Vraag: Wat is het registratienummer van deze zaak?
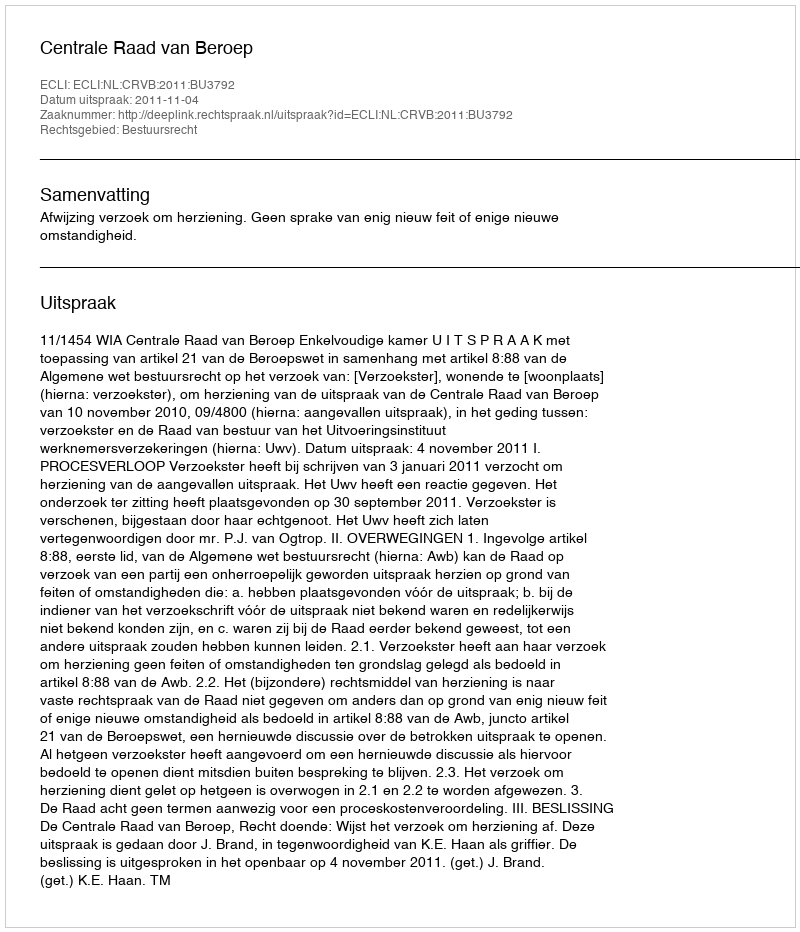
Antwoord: http://deeplink.rechtspraak.nl/uitspraak?id=ECLI:NL:CRVB:2011:BU3792